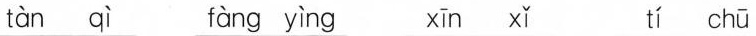
tàn qì fàng yìng xīn xǐ tí chū